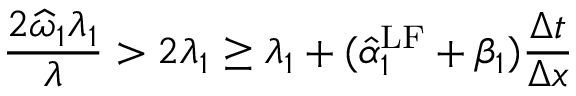
\frac { 2 \widehat { \omega } _ { 1 } \lambda _ { 1 } } { \lambda } > 2 \lambda _ { 1 } \geq \lambda _ { 1 } + ( \hat { \alpha } _ { 1 } ^ { \mathrm { { L F } } } + \beta _ { 1 } ) \frac { \Delta t } { \Delta x }